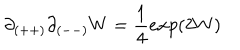
\partial _ { ( + + ) } \partial _ { ( -- ) } W = { \frac { 1 } { 4 } } e x p ( 2 W )